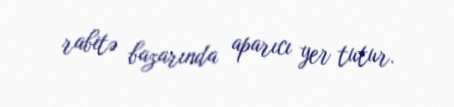
rabitə bazarında aparıcı yer tutur.